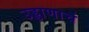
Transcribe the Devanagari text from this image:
उड्डाणाचं